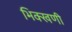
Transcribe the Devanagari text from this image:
भिक्खणी